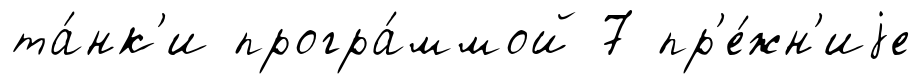
та́нк'и програ́ммой 7 пр'е́жн'иjе